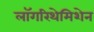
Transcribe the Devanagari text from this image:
लॉगरिथेमिशेन